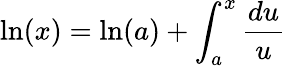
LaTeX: \ln(x)=\ln(a)+\int_{a}^{x}{\frac{du}{u}}